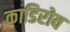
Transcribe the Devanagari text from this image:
काडिरोव